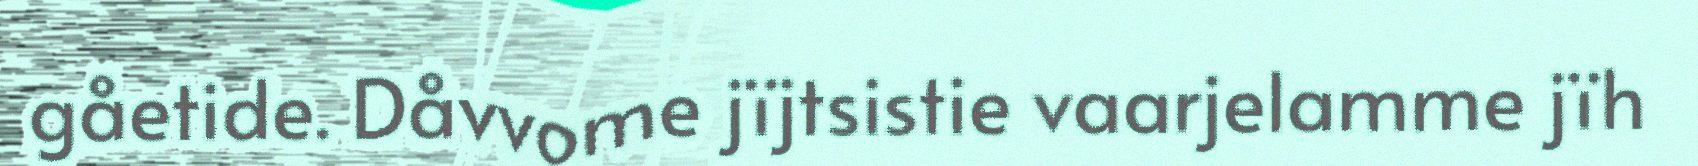
gåetide. Dåvvome jïjtsistie vaarjelamme jïh